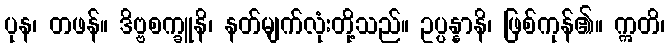
ပုန၊ တဖန်။ ဒိဗ္ဗစက္ခူနိ၊ နတ်မျက်လုံးတို့သည်။ ဥပ္ပန္နာနိ၊ ဖြစ်ကုန်၏။ ဣတိ၊